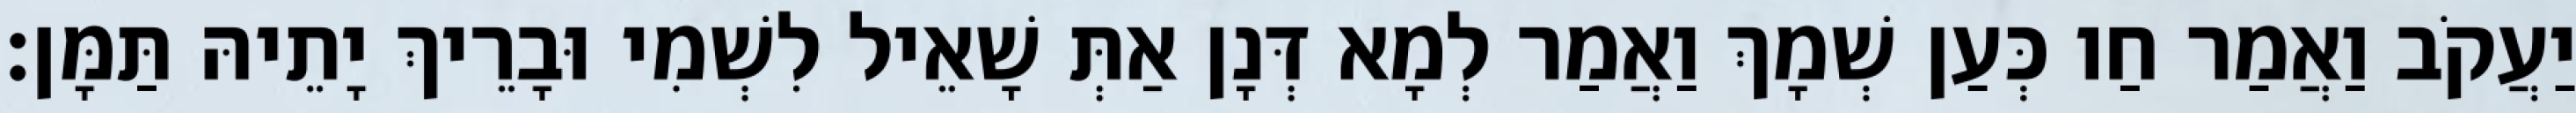
יַעֲקֹב וַאֲמַר חַו כְּעַן שְׁמָךְ וַאֲמַר לְמָא דְּנָן אַתְּ שָׁאֵיל לִשְׁמִי וּבָרֵיךְ יָתֵיהּ תַּמָּן׃